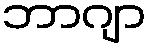
ဘာဂျာ